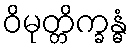
ဝိမုတ္တိက္ခန္ဓံ